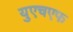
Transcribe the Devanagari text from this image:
युएचएफ